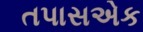
તપાસએક